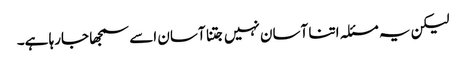
لیکن یہ مسئلہ اتنا آسان نہیں جتنا آسان اسے سمجھا جارہا ہے۔